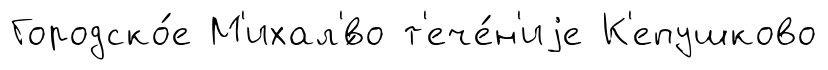
Городско́е М'ихал'́во т'ече́н'иjе К'епушково